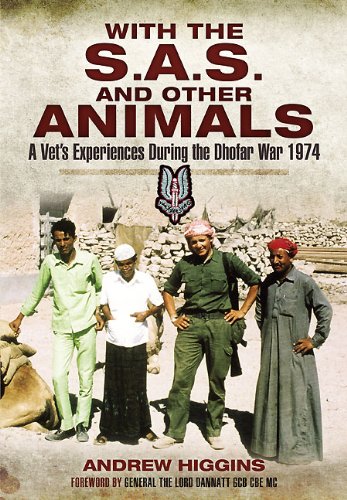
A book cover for WITH THE SAS AND OTHER ANIMALS: A Vet's Experiences During the Dhofar War 1974; Andrew Higgins; History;